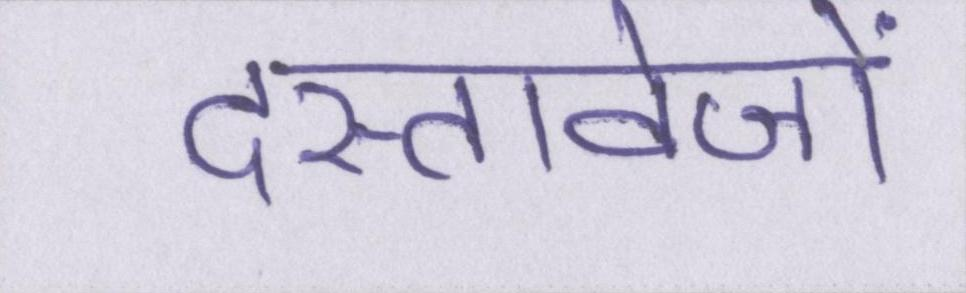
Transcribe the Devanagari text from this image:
दस्तावेजों